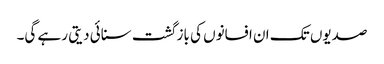
صدیوں تک ان افسانوں کی باز گشت سنائی دیتی رہے گی۔